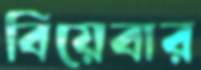
বিয়েবার